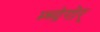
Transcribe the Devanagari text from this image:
म्च्ग्रेगोर्